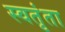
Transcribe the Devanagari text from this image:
स्वतृंता